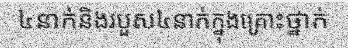
៤នាក់និងរបួស៤នាក់ក្នុងគ្រោះថ្នាក់